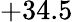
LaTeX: +34.5